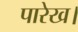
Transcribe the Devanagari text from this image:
पारेख।